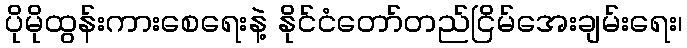
ပိုမိုထွန်းကားစေရေးနဲ့ နိုင်ငံတော်တည်ငြိမ်အေးချမ်းရေး၊